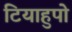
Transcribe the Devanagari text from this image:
टियाहुपो